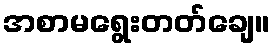
အစာမရွေးတတ်ချေ။